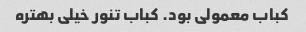
کباب معمولی بود. کباب تنور خیلی بهتره